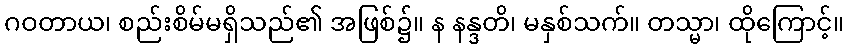
ဂဝတာယ၊ စည်းစိမ်မရှိသည်၏ အဖြစ်၌။ န နန္ဒတိ၊ မနှစ်သက်။ တသ္မာ၊ ထိုကြောင့်။